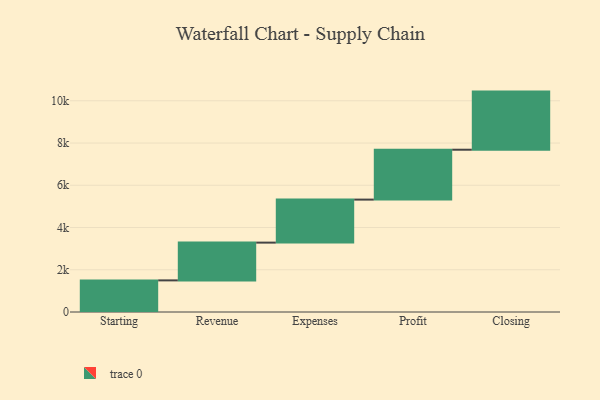
{"axis": {"x": "Step", "y": "Value"}, "legend": [""], "data": [{"x": "Starting", "y": 1497.0, "type": ""}, {"x": "Revenue", "y": 1788.0, "type": ""}, {"x": "Expenses", "y": 2037.0, "type": ""}, {"x": "Profit", "y": 2362.0, "type": ""}, {"x": "Closing", "y": 2752.0, "type": ""}]}